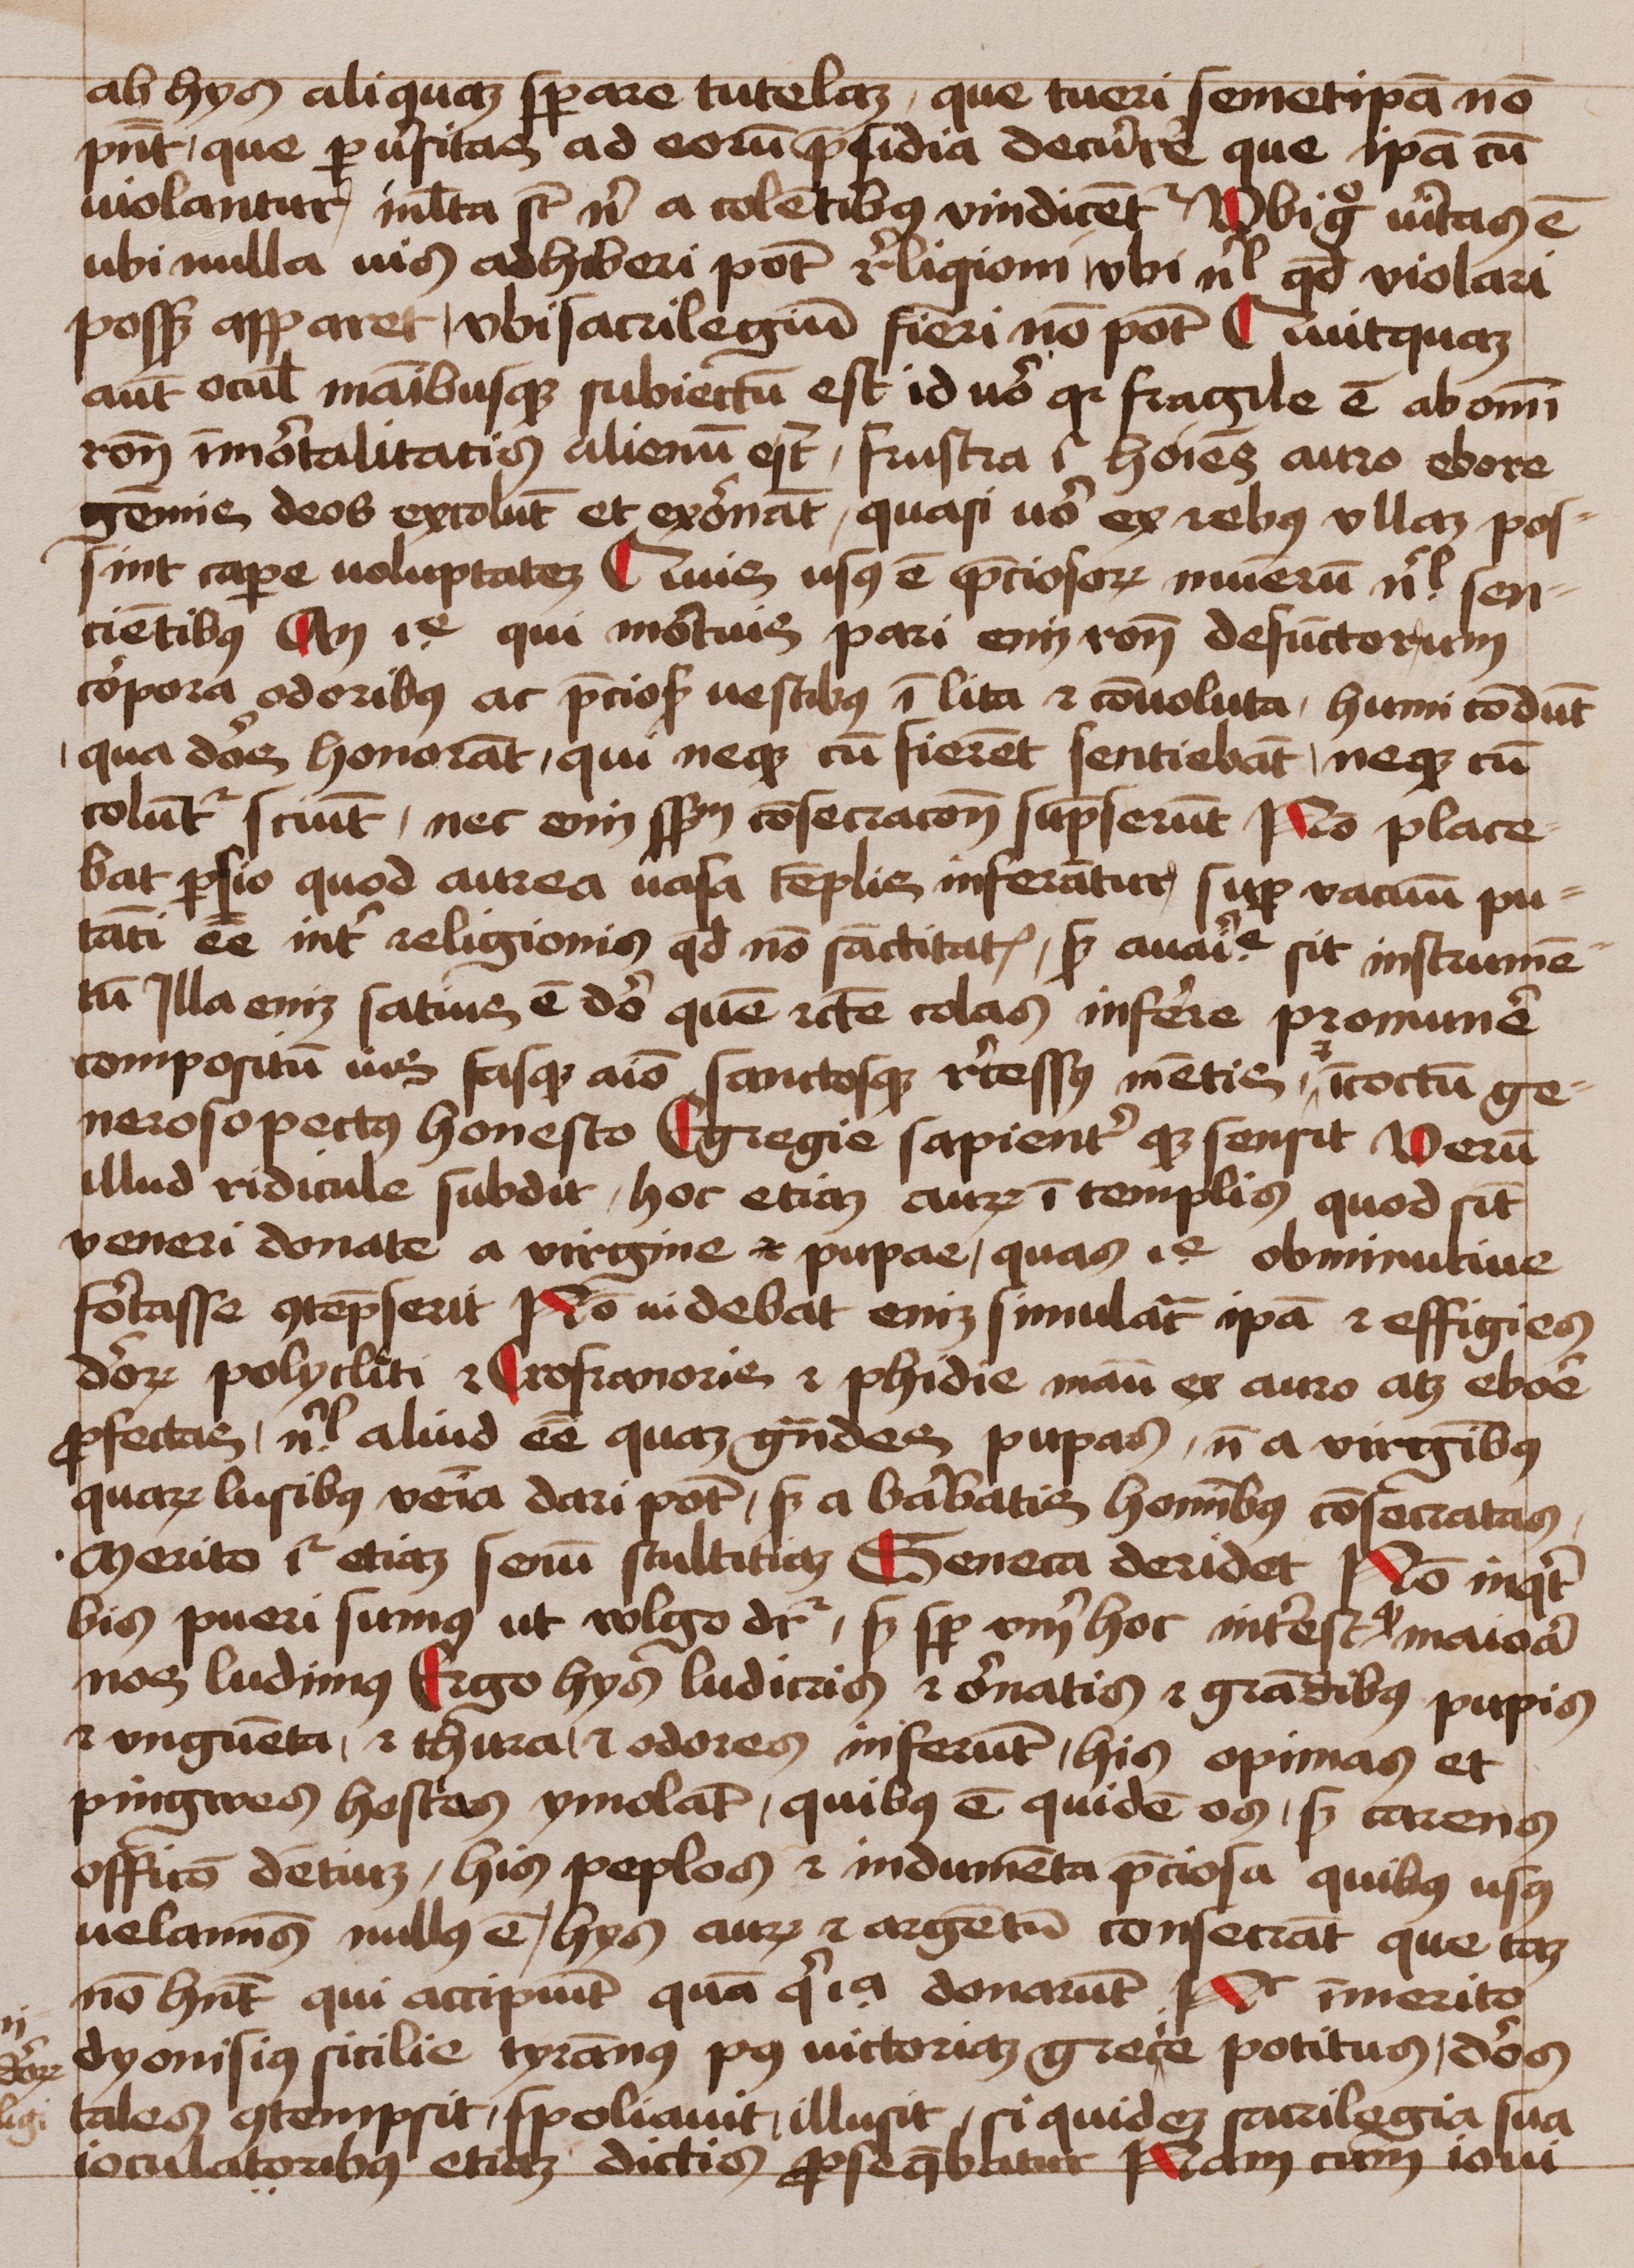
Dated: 1450–1474